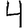
Digit: 4